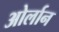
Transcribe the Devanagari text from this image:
ओर्लान